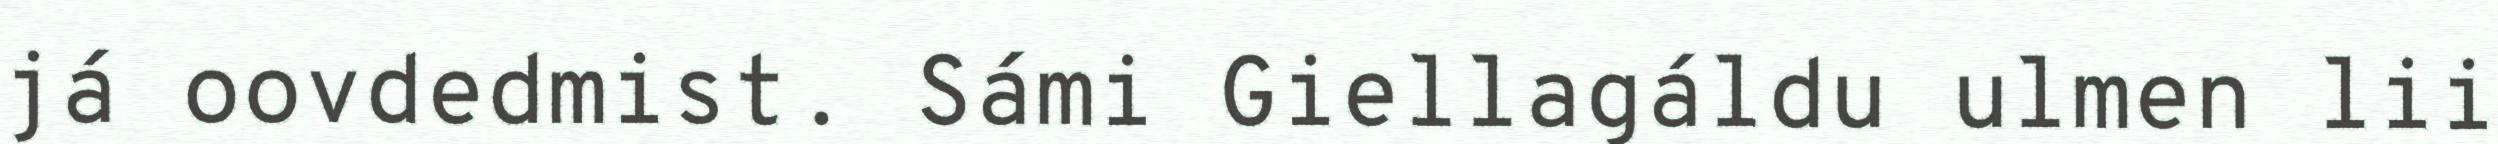
já oovdedmist. Sámi Giellagáldu ulmen lii